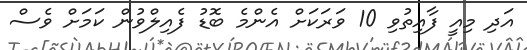
އަދި މިއީ ފާއިތުވި 10 ވަރަކަށް އެންމެ ބޮޑު ފެއިލްވުން ކަމަށް ވެސް